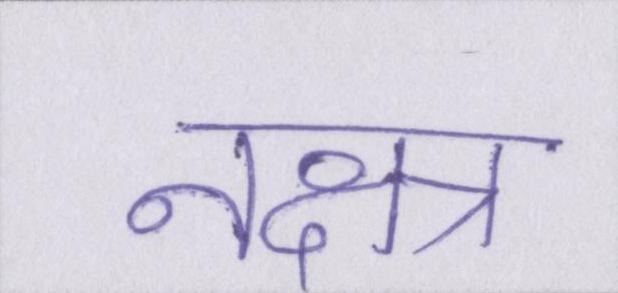
नक्षत्र